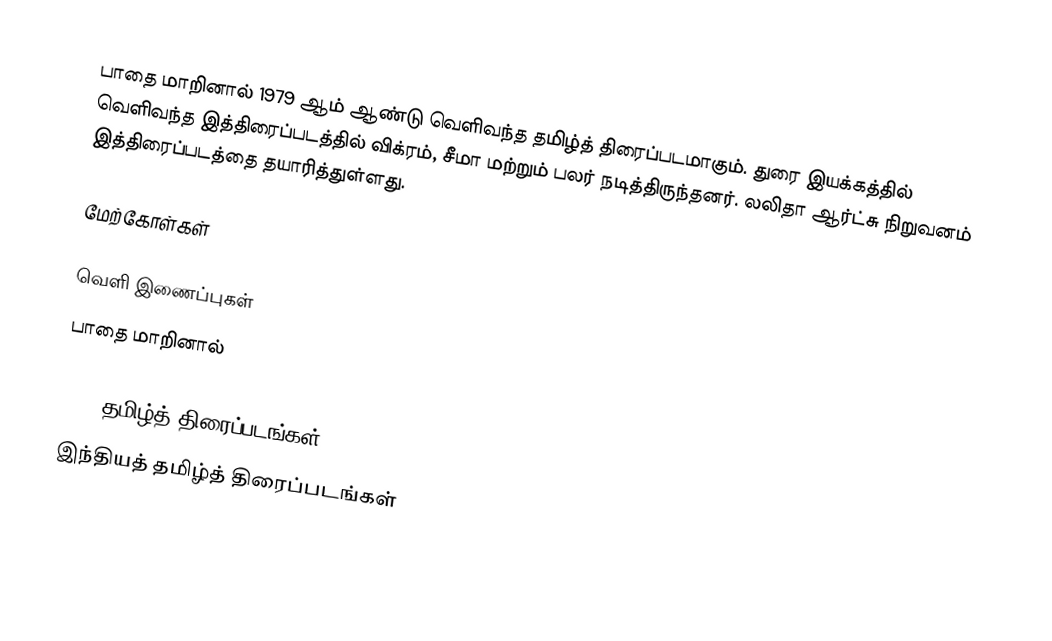
பாதை மாறினால் 1979 ஆம் ஆண்டு வெளிவந்த தமிழ்த் திரைப்படமாகும். துரை இயக்கத்தில் வெளிவந்த இத்திரைப்படத்தில் விக்ரம், சீமா மற்றும் பலர் நடித்திருந்தனர். லலிதா ஆர்ட்சு நிறுவனம் இத்திரைப்படத்தை தயாரித்துள்ளது.

மேற்கோள்கள்

வெளி இணைப்புகள்
 பாதை மாறினால்

1979 தமிழ்த் திரைப்படங்கள்
இந்தியத் தமிழ்த் திரைப்படங்கள்